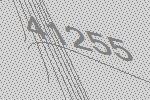
41255